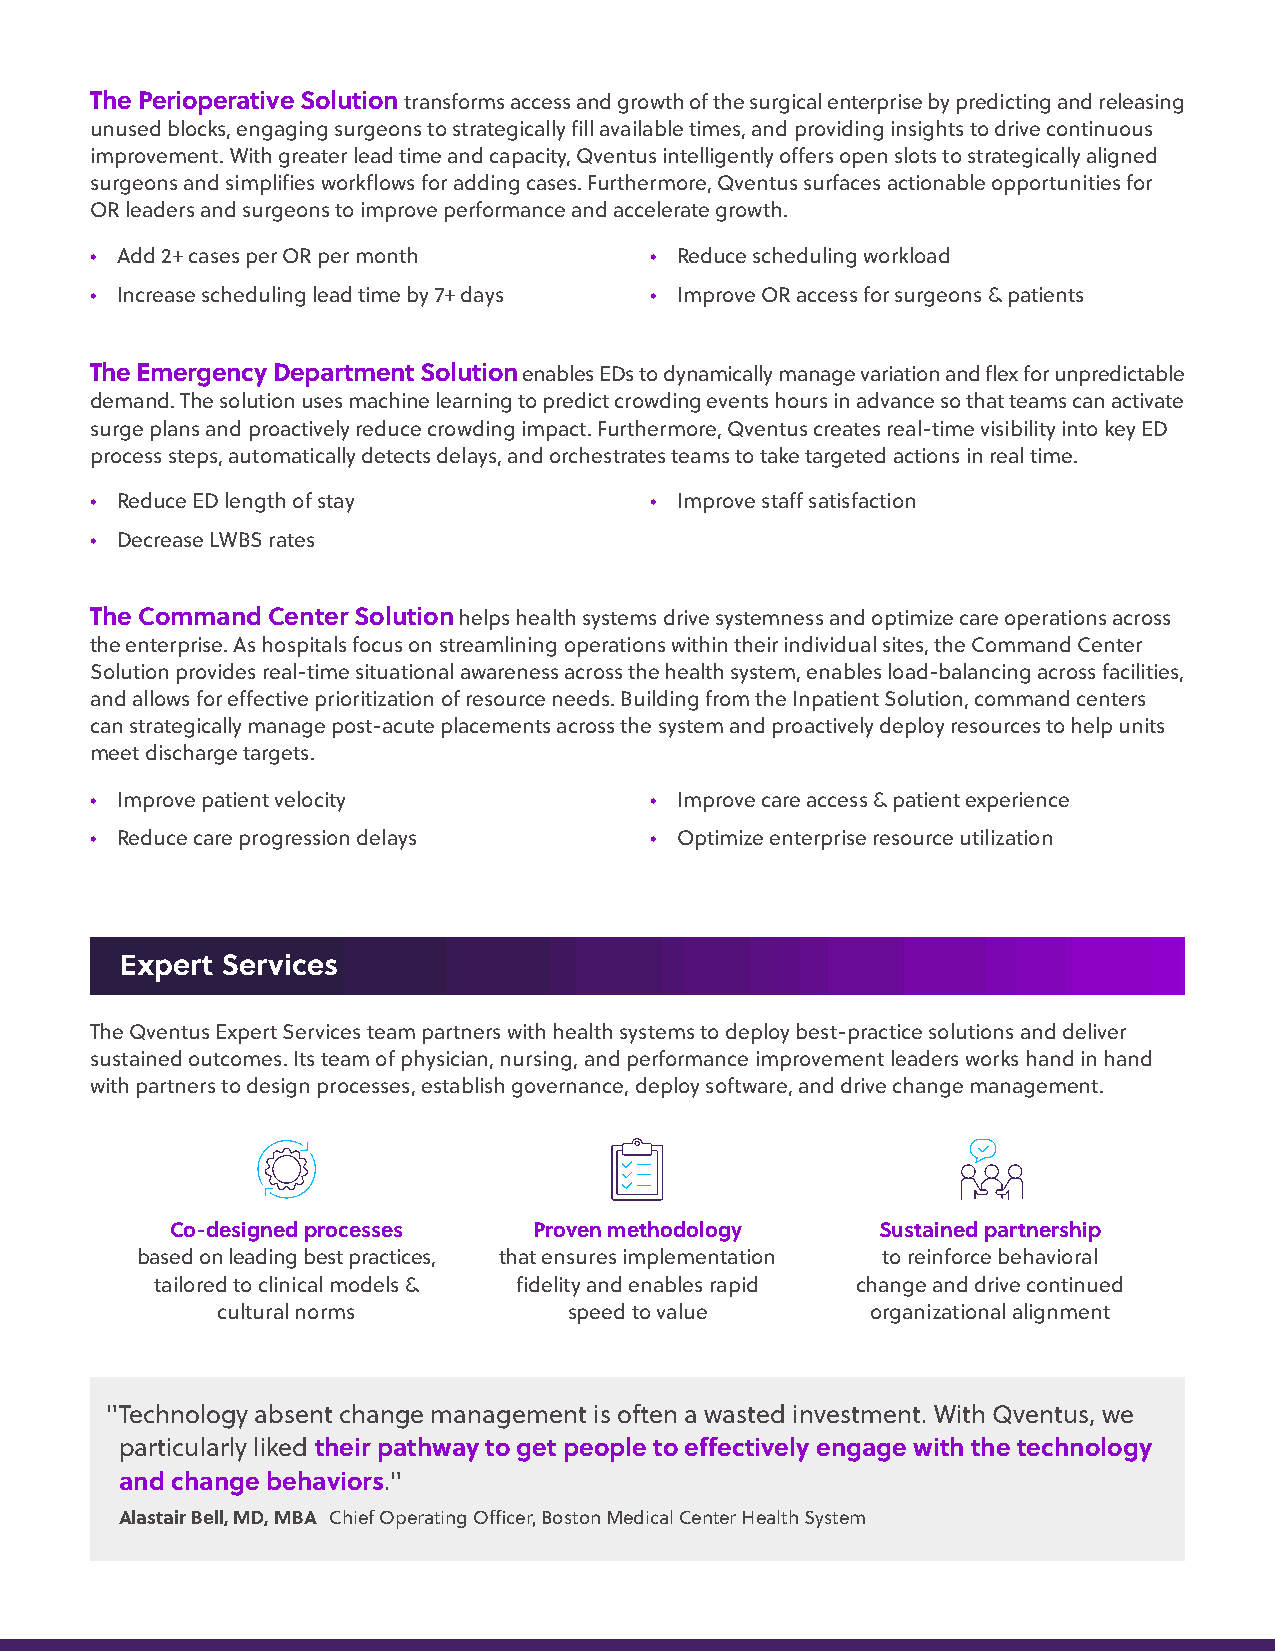
The Perioperative Solution transforms access and growth of the surgical enterprise by predicting and releasing
 unused blocks, engaging surgeons to strategically fill available times, and providing insights to drive continuous
 improvement. With greater lead time and capacity, Qventus intelligently offers open slots to strategically aligned
 surgeons and simplifies workflows for adding cases. Furthermore, Qventus surfaces actionable opportunities for
 OR leaders and surgeons to improve performance and accelerate growth.
 • Add 2+ cases per OR per month      • Reduce scheduling workload
 • Increase scheduling lead time by 7+ days • Improve OR access for surgeons & patients
 The Emergency Department Solution enables EDs to dynamically manage variation and flex for unpredictable
 demand. The solution uses machine learning to predict crowding events hours in advance so that teams can activate
 surge plans and proactively reduce crowding impact. Furthermore, Qventus creates real-time visibility into key ED
 process steps, automatically detects delays, and orchestrates teams to take targeted actions in real time.
 • Reduce ED length of stay           • Improve staff satisfaction
 • Decrease LWBS rates
 The Command Center Solution helps health systems drive systemness and optimize care operations across
 the enterprise. As hospitals focus on streamlining operations within their individual sites, the Command Center
 Solution provides real-time situational awareness across the health system, enables load-balancing across facilities,
 and allows for effective prioritization of resource needs. Building from the Inpatient Solution, command centers
 can strategically manage post-acute placements across the system and proactively deploy resources to help units
 meet discharge targets.
 • Improve patient velocity           • Improve care access & patient experience
 • Reduce care progression delays     • Optimize enterprise resource utilization
 Expert Services
 The Qventus Expert Services team partners with health systems to deploy best-practice solutions and deliver
 sustained outcomes. Its team of physician, nursing, and performance improvement leaders works hand in hand
 with partners to design processes, establish governance, deploy software, and drive change management.
 Co-designed processes   Proven methodology     Sustained partnership
 based on leading best practices, that ensures implementation to reinforce behavioral
 tailored to clinical models & fidelity and enables rapid change and drive continued
 cultural norms          speed to value      organizational alignment
 "Technology absent change management is often a wasted investment. With Qventus, we
 particularly liked their pathway to get people to effectively engage with the technology
 and change behaviors."
 Alastair Bell, MD, MBA Chief Operating Officer, Boston Medical Center Health System